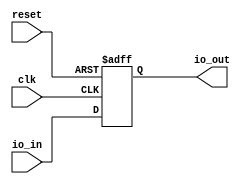
module io_buffer (
    input wire clk,
    input wire reset,
    input wire io_in,
    output wire io_out
);

reg io_buffer_out;

always @(posedge clk or posedge reset) begin
    if (reset) begin
        io_buffer_out <= 1'b0; // Reset output to low
    end else begin
        io_buffer_out <= io_in; // Pass input signal to output
    end
end

assign io_out = io_buffer_out; // Output the buffered signal

endmodule